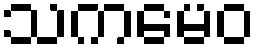
သကမေဝ